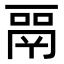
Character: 𬴳